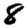
Digit: 8